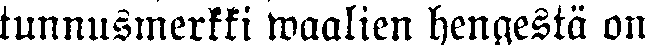
tunnusmerkki waalien hengestä on